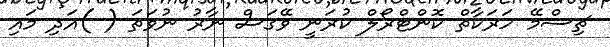
ޗިސްމޭ ހަރަކާތް ކޮންޓްރޯލް ކުރަނީ ވޭގަސް ނާރު ނުވަތަ ( )އަދި މައި